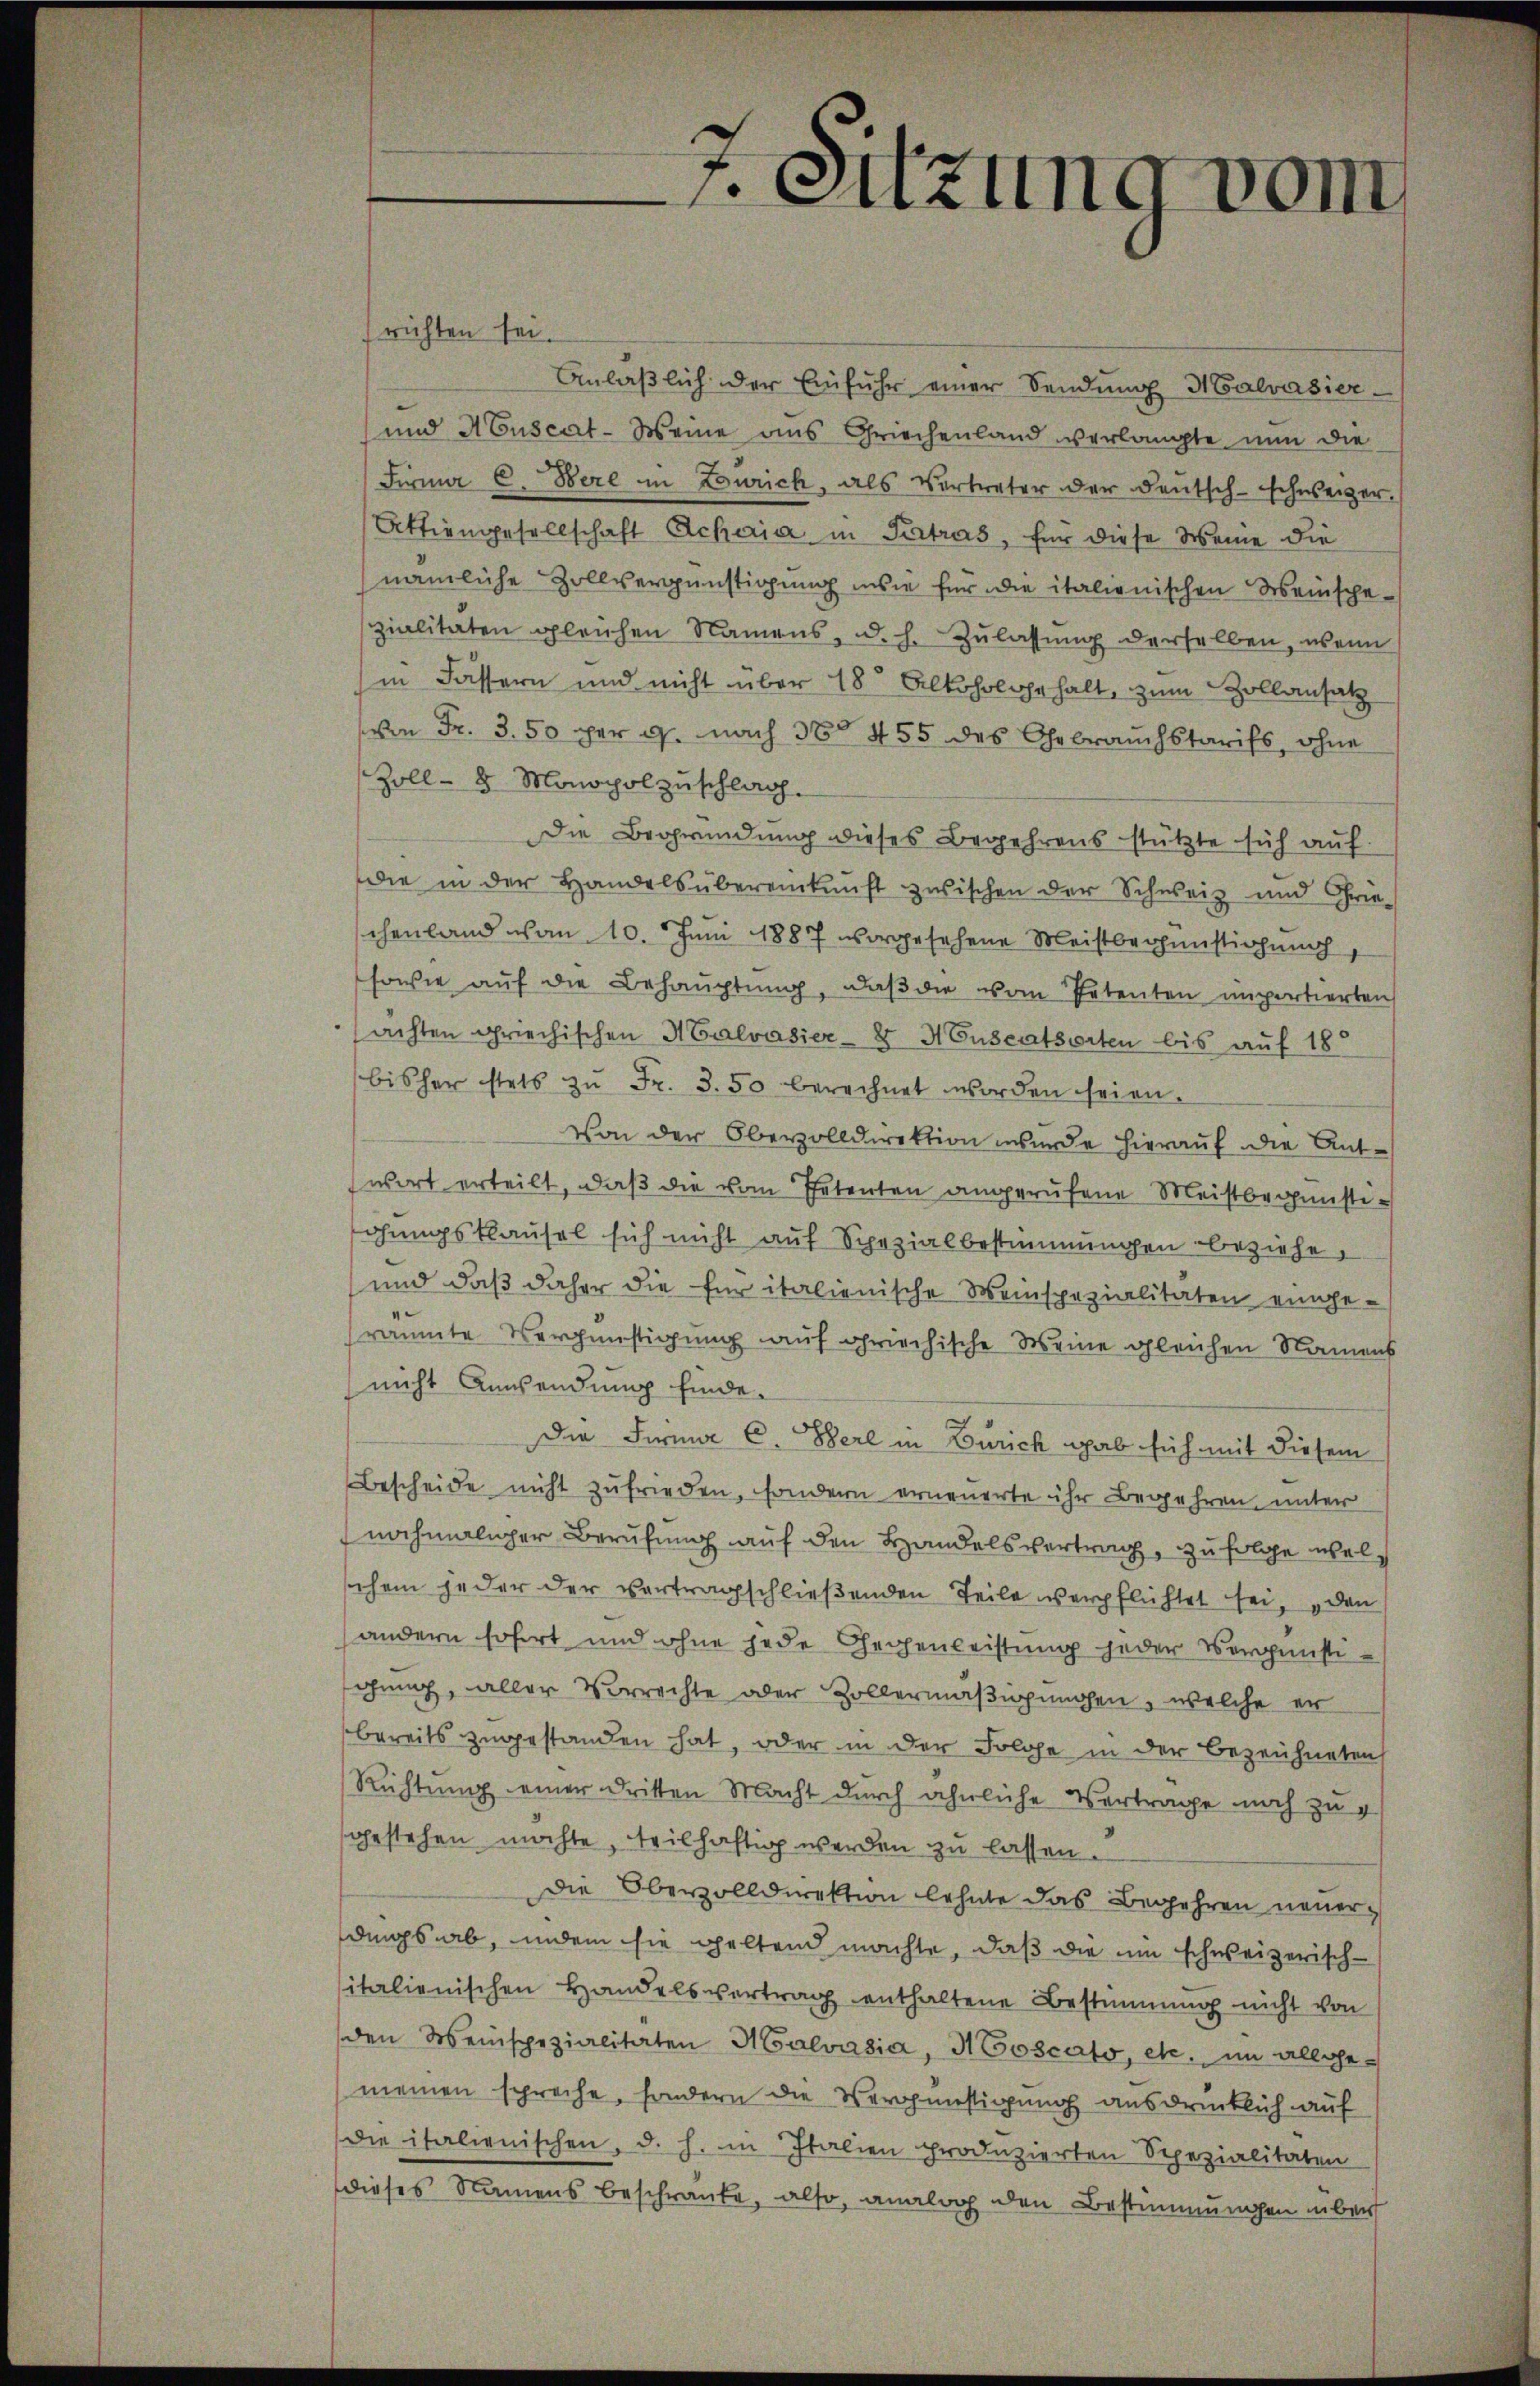
richten sei.
Anläßlich der Einfuhr einer Sendung Halvasier¬
und Auscat-Weine aus Griechenland verlangte nun die
Firma C. Bere in Zürich, als Vertreter der deŭtsch-schweizer.
Attiengesellschaft Ackeria in Petrus, für diese Weine die
nämliche Zollvergünstigung wie für die italienischen Weinschezialitäten gleichen Namens, d. h. Zulassŭng derselben, wenn
(in Fassern und nicht über 18 Alkoholgehalt, zum Zollansatz
von Fr. 3. 50 per g. nach 3 455 des Gebrauchstarifs, ohne
Zoll- 8 Monopol zuschlag.
Die Begründung dieses Begehrens stützte sich auf
die in der Handelsübereinkunft zwischen der Schweiz und Chrie-
schenland von 10. Juni 1887 vorgesehene Meistbechenstigung,
sowie auf die Behauptung, daß die vom Petenten importierten
achten griechischen H Calvasier- 8 Monscatsorten bis auf 18
bisher stets zŭ Fr. 3. 50 berechnet worden seien.
Von der Oberzolldirektion wurde hierauf die Antwort erteilt, daß die vom Petenten angerufene Meistbegünstiöhungsklausel sich nicht auf Spezialbestimmungen beziehe,
und daß daher die für italienische Weinspezialitäten eingeräumte Vergünstigung auf griechische Meine gleichen Namens
nicht Anwendung finde.
Die Firma C. Berl in Zürich gab sich mit diesem
Bescheide nicht zufrieden, sondern erneuerte ihr Begehren, unter
nochmaliger Berufung auf den Handelsvertrag, zu folge welschem jeder der vortragschließenden Teile verpflichtet sei, den
(andern sofort und ohne jede Gegenleistung jeder Vergünsti
ging, aller Vorrechte oder Zollermäßigungen, welche er
bereits zugestanden hat, oder in der Folge in der Bezeichneten
Richtung einer dritten Macht durch ähnliche Vertrage noch zu g
gestehen möchte, teilhaftig werden zu lassen.
Die Oberzolldirektion lehnte das Begehren neuerdings ab, indem sie geltend machte, daß die um schweizerisch-
sitalienischen Handelsvertrag enthaltene Bestimmung nicht von
den Weinspezialitäten Malvasia, NGoscato, etc. im allge-
meinen spreche, sondern die Vergünstigung ausdrücklich auf
Die italienischen, d. h. in Italien produzierten Spezialitäten
dieses Namens beschränke, also, analoch den Bestimmungen über

Sitzung vom